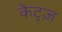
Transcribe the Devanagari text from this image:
केट्ज़